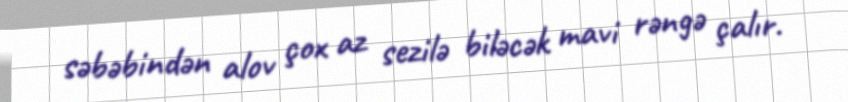
səbəbindən alov çox az sezilə biləcək mavi rəngə çalır.